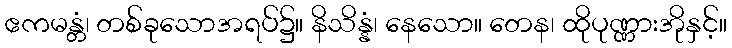
ဧကမန္တံ၊ တစ်ခုသောအရပ်၌။ နိသိန္နံ၊ နေသော။ တေန၊ ထိုပုဏ္ဏားအိုနှင့်။